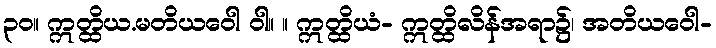
၃၀။ ဣတ္ထိယ.မတိယဝေါ ဝါ။ ။ ဣတ္ထိယံ- ဣတ္ထိလိန်အရာ၌၊ အတိယဝေါ-